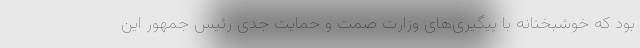
بود که خوشبختانه با پیگیری‌های وزارت صمت و حمایت جدی رئیس جمهور این